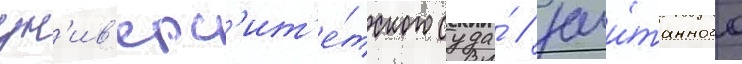
ун'ив'ерс'ит'е́тского суда́ / зачи́танного